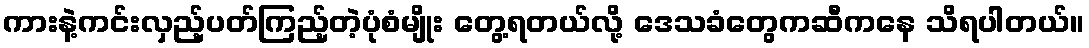
ကားနဲ့ကင်းလှည့်ပတ်ကြည့်တဲ့ပုံစံမျိုး တွေ့ရတယ်လို့ ဒေသခံတွေကဆီကနေ သိရပါတယ်။